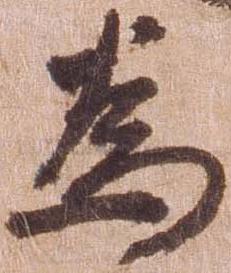
為